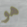
هو